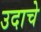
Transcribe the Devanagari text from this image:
उदाचे